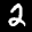
Label: 2